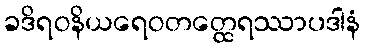
ခဒိရဝနိယရေဝတတ္ထေရဿာပဒါနံ